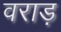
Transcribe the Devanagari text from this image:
वराड़